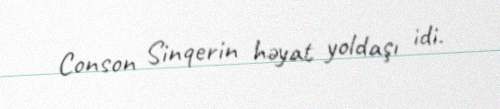
Conson Sinqerin həyat yoldaşı idi.